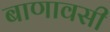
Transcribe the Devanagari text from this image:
बाणावसी